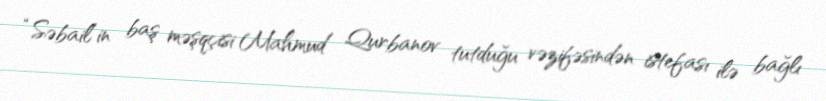
“Səbail”in baş məşqçisi Mahmud Qurbanov tutduğu vəzifəsindən istefası ilə bağlı